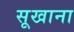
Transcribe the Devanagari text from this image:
सूखाना